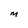
Character: M